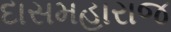
દાસમહારાજ